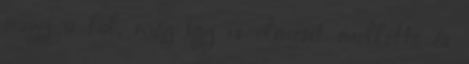
nagy a fal, még így is elment mellette és